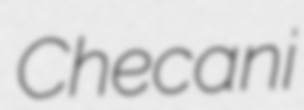
Checani